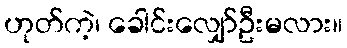
ဟုတ်ကဲ့၊ ခေါင်းလျှော်ဦးမလား။